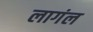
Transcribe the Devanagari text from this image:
लागंल